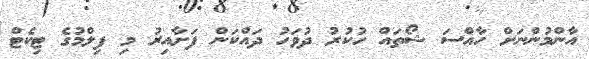
އާންމުންނަށް ހާއްސަ ޝޯތައް ހުކުރު ދުވަހު ދައްކަން ފަށާއިރު މި ފިލްމުގެ ޓިކެޓް